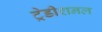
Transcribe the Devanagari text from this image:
ट्रेडीशनल